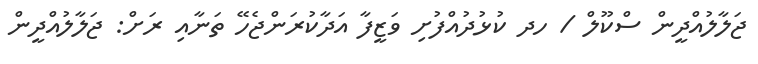
ޖަލާލުއްދީން ސްކޫލް / ހދ ކުޅުދުއްފުށި ވަޒީފާ އަދާކުރަންޖެހޭ ތަނާއި ރަށް: ޖަލާލުއްދީން